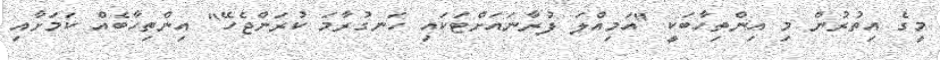
މީގެ އިތުރުން މި އިންތިހާބަކީ "އަމިއްލަ ފުރާނައަށްޓަަކައި ހަނގުރާމަ ކުރަންޖެހޭ" އިންތިހާބެެއް ކަމަށާއި